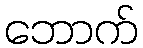
ဘောက်